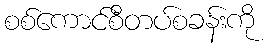
စစ်ကောင်စီတပ်စခန်းကို